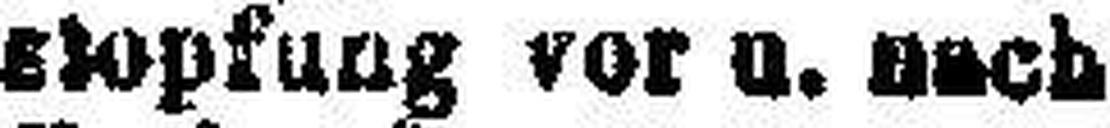
stopfung vor u. nach